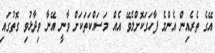
އޭގެ ތެރެއިން އެންމެ ފާހަގަކޮށްލެވޭ އެއް މަސައްކަތަކަށް ވާނީ އޭނާ ވިދާޅުވި ގޮތުގައި